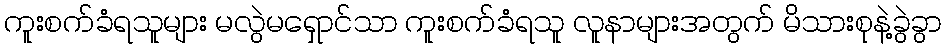
ကူးစက်ခံရသူများ မလွဲမရှောင်သာ ကူးစက်ခံရသူ လူနာများအတွက် မိသားစုနဲ့ခွဲခွာ